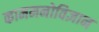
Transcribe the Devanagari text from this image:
काममनोविज्ञान